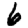
Digit: 6